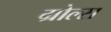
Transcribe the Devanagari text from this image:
ग्रोल्स